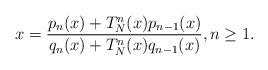
LaTeX: \begin{align*}x = \frac{p_n(x) + T^n_N(x)p_{n-1}(x)}{q_n(x) + T^n_N(x)q_{n-1}(x)}, n \geq 1. \end{align*}